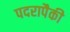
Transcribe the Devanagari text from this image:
पदरापैकी